Indian journal of veterinary science and animal husbandry - Volumes 18-21, 1948-1951
Year: 1948
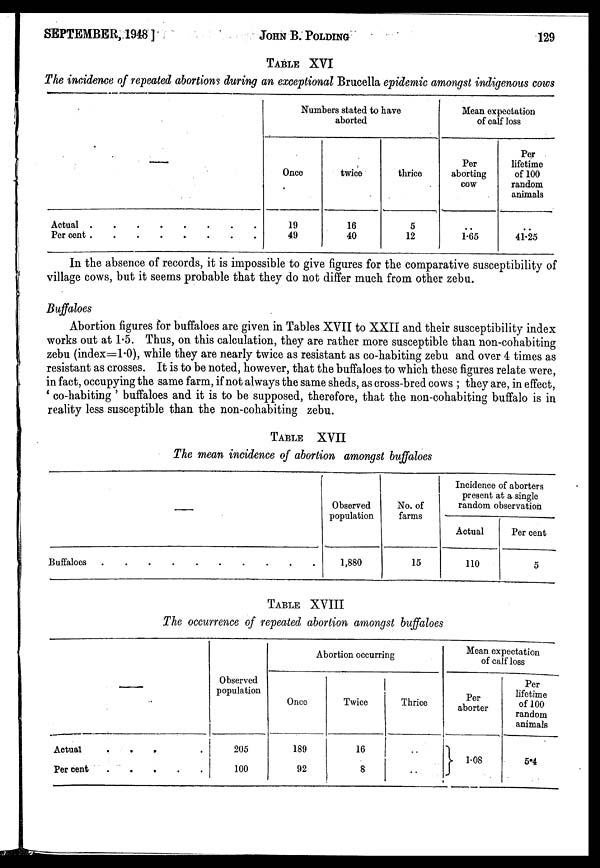
SEPTEMBER, 1948]
JOHN
B.
POLDING
129
TABLE XVI
The incidence of repeated abortions during an exceptional Brucella epidemic amongst indigenous cows
—
Actual . . . . . . . .
Per cent . . . . . . . .
Numbers stated to have
aborted
Once
19
49
twice
16
40
thrice
5
12
Mean expectation
of calf loss
Per
aborting
cow
..
1.65
Per
lifetime
of 100
random
animals
..
41.25
In the absence of records, it is impossible to give figures for the comparative susceptibility of
village cows, but it seems probable that they do not differ much from other zebu.
Buffaloes
Abortion figures for buffaloes are given in Tables XVII to XXII and their susceptibility index
works out at 1.5. Thus, on this calculation, they are rather more susceptible than non-cohabiting
zebu (index=1.0), while they are nearly twice as resistant as co-habiting zebu and over 4 times as
resistant as crosses. It is to be noted, however, that the buffaloes to which these figures relate were,
in fact, occupying the same farm, if not always the same sheds, as cross-bred cows ; they are, in effect,
' co-habiting ' buffaloes and it is to be supposed, therefore, that the non-cohabiting buffalo is in
reality less susceptible than the non-cohabiting zebu.
TABLE XVII
The mean incidence of abortion amongst buffaloes
—
Buffaloes . . . . . . . .
Observed
population
1,880
No. of
farms
15
Incidence of aborters
present at a single
random observation
Actual
110
Per cent
5
TABLE XVIII
The occurrence of repeated abortion amongst buffaloes
—
Actual . . . . . . . .
Per cent . . . . . . . .
Observed
population
205
100
Abortion occurring
Once
189
92
Twice
16
8
Thrice
..
..
Mean expectation
of calf loss
Per
aborter
1.08
Per
lifetime
of 100
random
animals
5.4